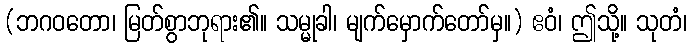
(ဘဂဝတော၊ မြတ်စွာဘုရား၏။ သမ္မုခါ၊ မျက်မှောက်တော်မှ။) ဧဝံ၊ ဤသို့။ သုတံ၊